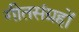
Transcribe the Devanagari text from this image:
गीतसंग्रहों